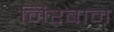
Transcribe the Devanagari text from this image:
निरबान